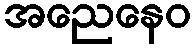
အညေနေဝ